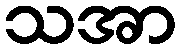
သအာ